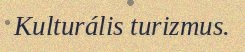
Kulturális turizmus.